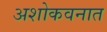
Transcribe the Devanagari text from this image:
अशोकवनात